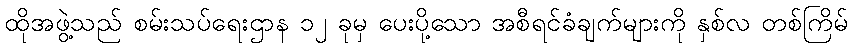
ထိုအဖွဲ့သည် စမ်းသပ်ရေးဌာန ၁၂ ခုမှ ပေးပို့သော အစီရင်ခံချက်များကို နှစ်လ တစ်ကြိမ်